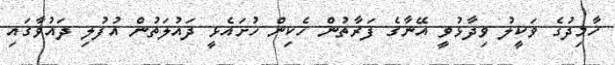
ހާމިދުގެ ވަކީލު ވިދާޅުވީ އޭނާގެ ފަރާތުން ހެކިން ހުށައެޅީ ދައުލަތުން އުފުލި ދައުވާގައި